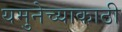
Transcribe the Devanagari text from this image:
यमुनेच्याकाठी